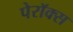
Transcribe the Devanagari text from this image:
पेरॉक्स